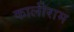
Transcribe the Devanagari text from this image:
कालीराम